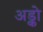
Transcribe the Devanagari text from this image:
अड्को